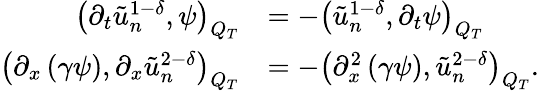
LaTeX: \begin{array}{rl}{\left(\partial_{t}\tilde{u}_{n}^{1-\delta},\psi\right)_{Q_{T}}}&{=-\left(\tilde{u}_{n}^{1-\delta},\partial_{t}\psi\right)_{Q_{T}}}\\ {\left(\partial_{x}\left(\gamma\psi\right),\partial_{x}\tilde{u}_{n}^{2-\delta}\right)_{Q_{T}}}&{=-\left(\partial_{x}^{2}\left(\gamma\psi\right),\tilde{u}_{n}^{2-\delta}\right)_{Q_{T}}.}\end{array}